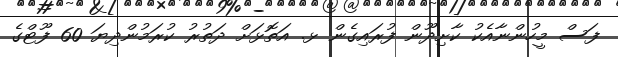
ފަސް މީހުންނާއެކު ކާށިދޫން ފުރައިގެން ޅ. އަތޮޅަށް ދަތުރު ކުރަމުންދިޔަ 60 ފޫޓްގެ